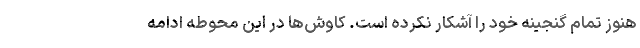
هنوز تمام گنجینه خود را آشکار نکرده است. کاوش‌ها در این محوطه ادامه